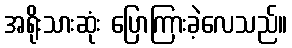
အရိုးသားဆုံး ပြောကြားခဲ့လေသည်။